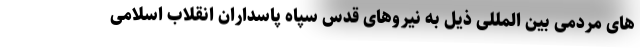
های مردمی بین المللی ذیل به نیروهای قدس سپاه پاسداران انقلاب اسلامی